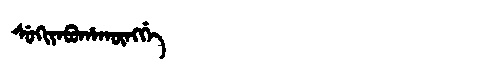
Manchu: ᠰᡠᡴᡳᠶᠠᠪᡠᡥᠠᡴᡡᠩᡤᡝ
Romanization: SUKIYABUHAKŪNGGE